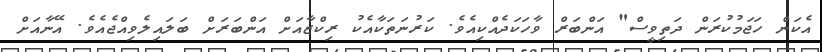
އެކަން ހަޖަމުކުރަން ދަތިވީސް" އަންބަރް ވާހަކަދެއްކިއެވެ. ކަރުނަތަކާއެކު ރިކްޒާއަށް އަންބަރަށް ބަލައިލެވިއްޖެއެވެ. އޭނާއަށް